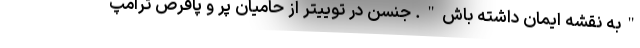
"به نقشه ایمان داشته باش". جنسن در توییتر از حامیان پر و پاقرص ترامپ